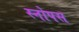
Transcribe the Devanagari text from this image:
स्नोपस